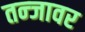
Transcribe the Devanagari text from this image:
तन्जावर